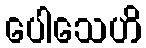
ပေါသေဟိ